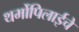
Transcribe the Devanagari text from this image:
थर्मोपिलाईचे